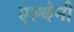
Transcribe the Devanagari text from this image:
एल्बेनी